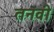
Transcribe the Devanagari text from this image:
तनवी